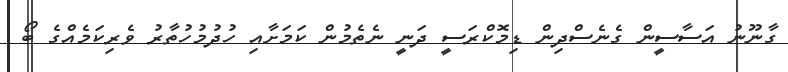
ގާނޫނު އަސާސީން ގެނެސްދިން ޑިމޮކްރަސީ ދަނީ ނެތެމުން ކަމަށާއި ހުދުމުހުތާރު ވެރިކަމެއްގެ ބޯ